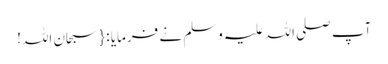
آپ صلی اللہ علیہ وسلم نے فرمایا : { سبحان اللہ!